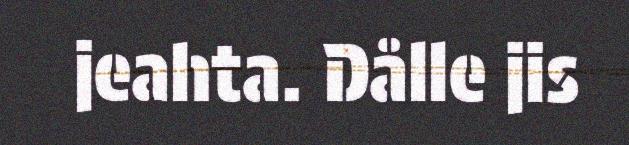
jeahta. Dålle jis